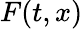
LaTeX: F(t,x)